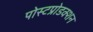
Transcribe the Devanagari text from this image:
पोस्टप्रोडक्शन